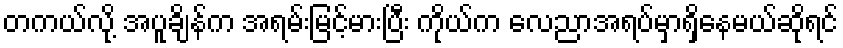
တကယ်လို့ အပူချိန်က အရမ်းမြင့်မားပြီး ကိုယ်က လေညာအရပ်မှာရှိနေမယ်ဆိုရင်